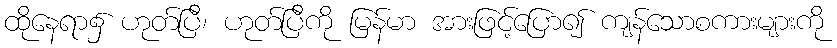
ထိုနေရာ၌ ဟုတ်ပြီ၊ ဟုတ်ပြီကို မြန်မာ အားဖြင့်ပြော၍ ကျန်သောစကားများကို